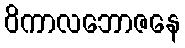
ဝိကာလဘောဇနေ